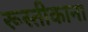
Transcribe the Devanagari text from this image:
रूस्तीकाना